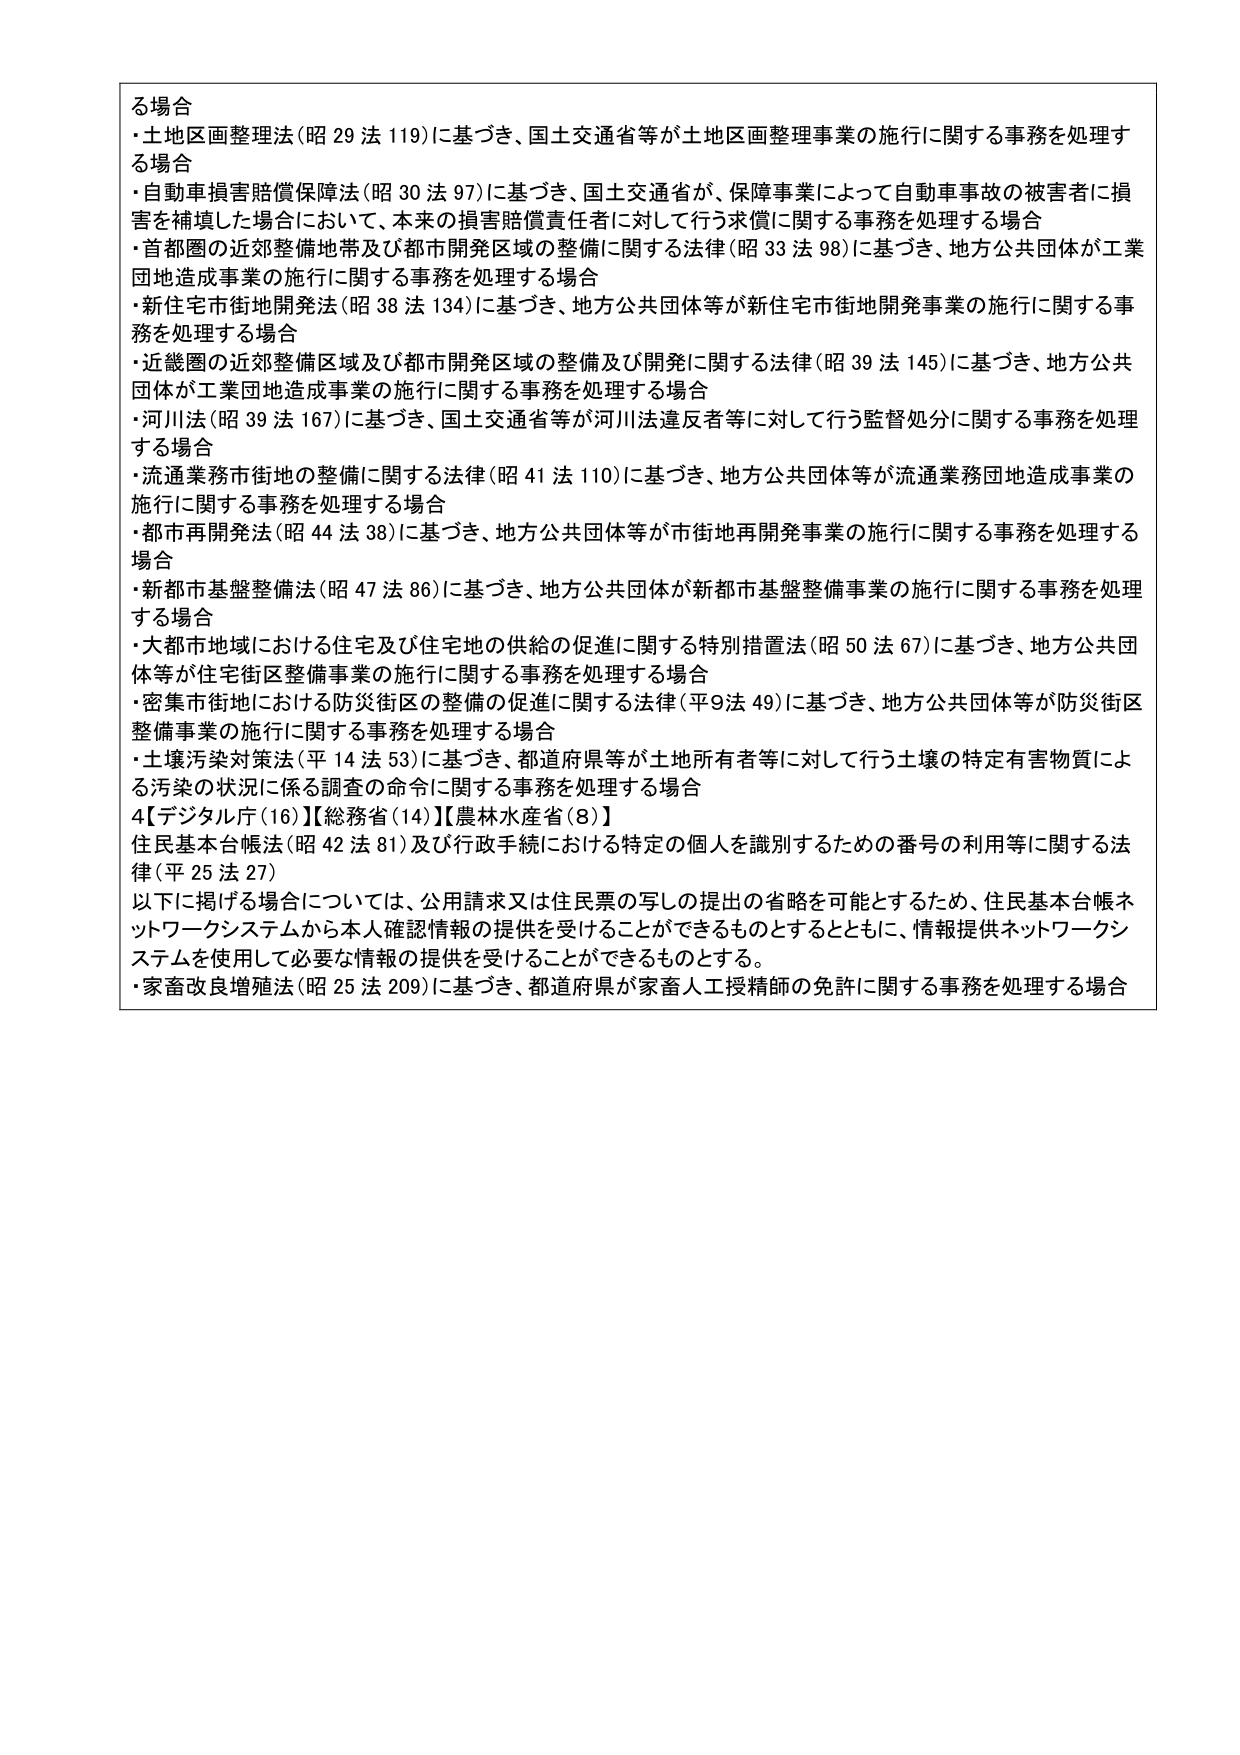
る場合
・土地区画整理法（昭29法119）に基づき、国土交通省等が土地区画整理事業の施行に関する事務を処理する場合
・自動車損害賠償保障法（昭30法97）に基づき、国土交通省が、保障事業によって自動車事故の被害者に損害を補填した場合において、本来の損害賠償責任者に対して行う求償に関する事務を処理する場合
・首都圏の近郊整備地帯及び都市開発区域の整備に関する法律（昭33法98）に基づき、地方公共団体が工業団地造成事業の施行に関する事務を処理する場合
・新住宅市街地開発法（昭38法134）に基づき、地方公共団体等が新住宅市街地開発事業の施行に関する事務を処理する場合
・近畿圏の近郊整備区域及び都市開発区域の整備及び開発に関する法律（昭39法145）に基づき、地方公共団体が工業団地造成事業の施行に関する事務を処理する場合
・河川法（昭39法167）に基づき、国土交通省等が河川法違反者等に対して行う監督処分に関する事務を処理する場合
・流通業務市街地の整備に関する法律（昭41法110）に基づき、地方公共団体等が流通業務団地造成事業の施行に関する事務を処理する場合
・都市再開発法（昭44法38）に基づき、地方公共団体等が市街地再開発事業の施行に関する事務を処理する場合
・新都市基盤整備法（昭47法86）に基づき、地方公共団体が新都市基盤整備事業の施行に関する事務を処理する場合
・大都市地域における住宅及び住宅地の供給の促進に関する特別措置法（昭50法67）に基づき、地方公共団体等が住宅街区整備事業の施行に関する事務を処理する場合
・密集市街地における防災街区の整備の促進に関する法律（平9法49）に基づき、地方公共団体等が防災街区整備事業の施行に関する事務を処理する場合
・土壌汚染対策法（平14法53）に基づき、都道府県等が土地所有者等に対して行う土壌の特定有害物質による汚染の状況に係る調査の命令に関する事務を処理する場合
4【デジタル庁（16）】【総務省（14）】【農林水産省（8）】
住民基本台帳法（昭42法81）及び行政手続における特定の個人を識別するための番号の利用等に関する法律（平25法27）
以下に掲げる場合については、公用請求又は住民票の写しの提出の省略を可能とするため、住民基本台帳ネットワークシステムから本人確認情報の提供を受けることができるものとするとともに、情報提供ネットワークシステムを使用して必要な情報の提供を受けることができるものとする。
・家畜改良増殖法（昭25法209）に基づき、都道府県が家畜人工授精師の免許に関する事務を処理する場合